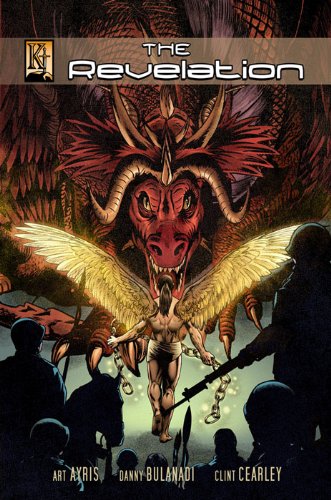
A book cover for The Revelation; Art Ayris; Comics & Graphic Novels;